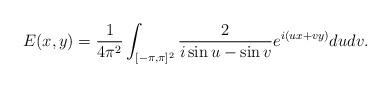
LaTeX: \begin{align*}E(x,y)=\frac{1}{4\pi^2}\int_{[-\pi,\pi]^2}\frac{2}{i\sin{u}-\sin{v}}e^{i(ux+vy)}dudv. \end{align*}